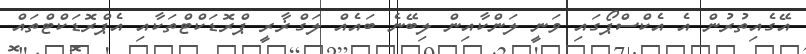
އޭގެއިތުރުން އެ އެކްސްޕޯގައި ވަނީ ލަންކާއިން ލިބޭނެ ބައެއް ލަގްޜާރީ ޕްރޮޑަކްޓްތަކާއި އެޕްރޮޑަކްޓްތައް